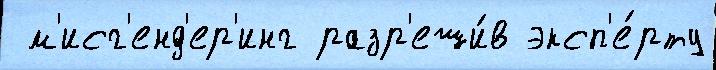
 м'исг'енд'ер'инг разр'еши́в эксп'е́рту